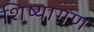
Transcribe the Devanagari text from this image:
शिष्यागण